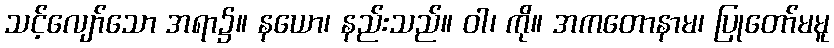
သင့်လျော်သော အရာ၌။ နယော၊ နည်းသည်။ ဝါ၊ ကို။ အကတောနာမ၊ ပြုတော်မမူ